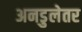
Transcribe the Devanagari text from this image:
अनडुलेतर